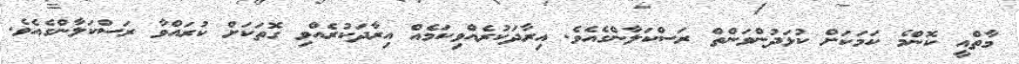
މާތްއީ ކޮންމެ ކަމަކަށް ކުޅަދުންވަންތް ރަސްކަލާންގެއެވެ. އިރާދަކުރެއްވިކަމެއް އިރާދަކުރެއްވި ގޮތަކަށް ކުރައްވާ ރަސްކަލާންގެއެވެ.